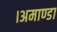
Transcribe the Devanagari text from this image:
।अमाण्डा